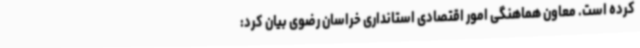
کرده است. معاون هماهنگی امور اقتصادی استانداری خراسان رضوی بیان کرد: